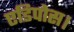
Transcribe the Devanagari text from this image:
एडिपोस।